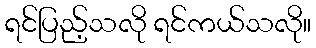
ရင်ပြည့်သလို ရင်ကယ်သလို။